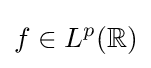
f\in L^{p}(\mathbb {R} )